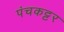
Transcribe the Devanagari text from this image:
पंचकट्टर